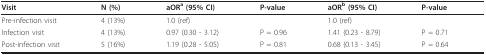
<table><thead><tr><td><b>Visit</b></td><td><b>N (%)</b></td><td><b>aOR<sup>a </sup>(95% CI)</b></td><td><b>P-value</b></td><td><b>aOR<sup>b </sup>(95% CI)</b></td><td><b>P-value</b></td></tr></thead><tbody><tr><td>Pre-infection visit</td><td>4 (13%)</td><td>1.0 (ref)</td><td></td><td>1.0 (ref)</td><td></td></tr><tr><td>Infection visit</td><td>4 (13%)</td><td>0.97 (0.30 - 3.12)</td><td>P = 0.96</td><td>1.41 (0.23 - 8.79)</td><td>P = 0.71</td></tr><tr><td>Post-infection visit</td><td>5 (16%)</td><td>1.19 (0.28 - 5.05)</td><td>P = 0.81</td><td>0.68 (0.13 - 3.45)</td><td>P = 0.64</td></tr></tbody></table>